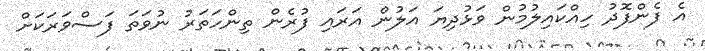
އެ ފެންފޮދު ހިއްކައިލުމުން ވަޅުދިޔަ އަލުން އަރައި ފުރެން ތިންހަތަރު ނުވަތަ ފަސްވަރަކަށް